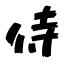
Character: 侍